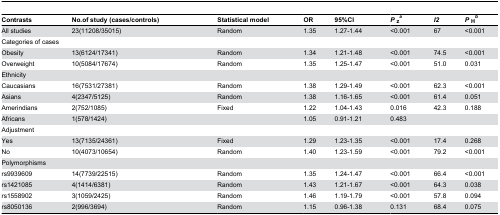
| Contrasts | No.of study (cases/controls) | Statistical model | OR | 95%CI | Pza | I2 | PHb |
 | --- | --- | --- | --- | --- | --- | --- | --- |
 | All studies | 23(11208/35015) | Random | 1.35 | 1.27-1.44 | <0.001 | 67 | <0.001 |
 | <COLSPAN=2> Categories of cases |  |  |  |  |  |  |
 | Obesity | 13(6124/17341) | Random | 1.34 | 1.21-1.48 | <0.001 | 74.5 | <0.001 |
 | Overweight | 10(5084/17674) | Random | 1.35 | 1.25-1.47 | <0.001 | 51.0 | 0.031 |
 | <COLSPAN=2> Ethnicity |  |  |  |  |  |  |
 | Caucasians | 16(7531/27381) | Random | 1.38 | 1.29-1.49 | <0.001 | 62.3 | <0.001 |
 | Asians | 4(2347/5125) | Random | 1.38 | 1.16-1.65 | <0.001 | 61.4 | 0.051 |
 | Amerindians | 2(752/1085) | Fixed | 1.22 | 1.04-1.43 | 0.016 | 42.3 | 0.188 |
 | Africans | 1(578/1424) |  | 1.05 | 0.91-1.21 | 0.483 |  |  |
 | <COLSPAN=2> Adjustment |  |  |  |  |  |  |
 | Yes | 13(7135/24361) | Fixed | 1.29 | 1.23-1.35 | <0.001 | 17.4 | 0.268 |
 | No | 10(4073/10654) | Random | 1.40 | 1.23-1.59 | <0.001 | 79.2 | <0.001 |
 | <COLSPAN=2> Polymorphisms |  |  |  |  |  |  |
 | rs9939609 | 14(7739/22515) | Random | 1.35 | 1.24-1.47 | <0.001 | 66.4 | <0.001 |
 | rs1421085 | 4(1414/6381) | Random | 1.43 | 1.21-1.67 | <0.001 | 64.3 | 0.038 |
 | rs1558902 | 3(1059/2425) | Random | 1.46 | 1.19-1.79 | <0.001 | 57.8 | 0.094 |
 | rs8050136 | 2(996/3694) | Random | 1.15 | 0.96-1.38 | 0.131 | 68.4 | 0.075 |